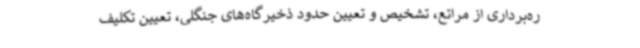
ره‌برداری از مراتع، تشخیص و تعیین حدود ذخیرگاه‌های جنگلی، تعیین تکلیف